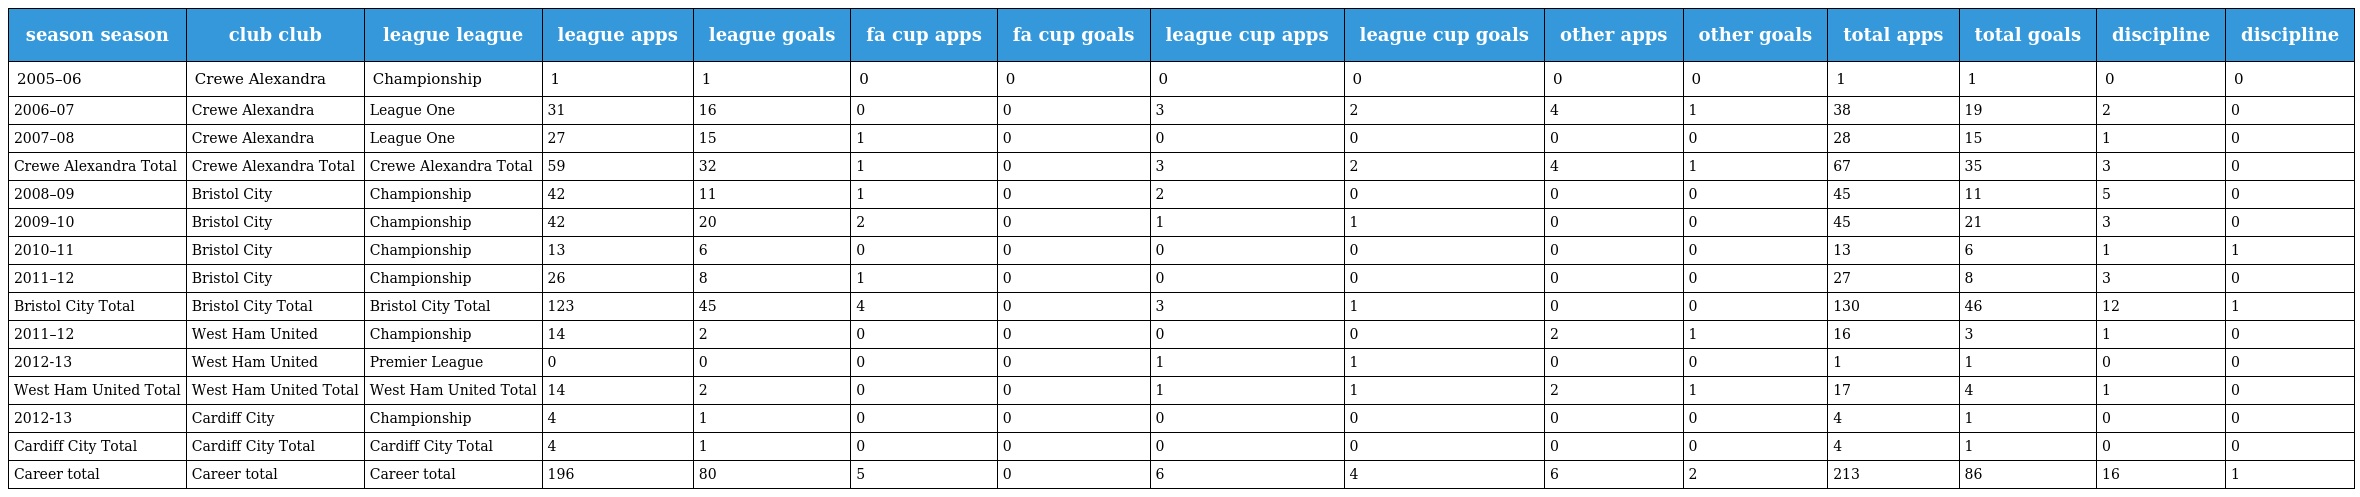
| season season | club club | league league | league apps | league goals | fa cup apps | fa cup goals | league cup apps | league cup goals | other apps | other goals | total apps | total goals | discipline | discipline |
 | --- | --- | --- | --- | --- | --- | --- | --- | --- | --- | --- | --- | --- | --- | --- |
 | 2005–06 | Crewe Alexandra | Championship | 1 | 1 | 0 | 0 | 0 | 0 | 0 | 0 | 1 | 1 | 0 | 0 |
 | 2006–07 | Crewe Alexandra | League One | 31 | 16 | 0 | 0 | 3 | 2 | 4 | 1 | 38 | 19 | 2 | 0 |
 | 2007–08 | Crewe Alexandra | League One | 27 | 15 | 1 | 0 | 0 | 0 | 0 | 0 | 28 | 15 | 1 | 0 |
 | Crewe Alexandra Total | Crewe Alexandra Total | Crewe Alexandra Total | 59 | 32 | 1 | 0 | 3 | 2 | 4 | 1 | 67 | 35 | 3 | 0 |
 | 2008–09 | Bristol City | Championship | 42 | 11 | 1 | 0 | 2 | 0 | 0 | 0 | 45 | 11 | 5 | 0 |
 | 2009–10 | Bristol City | Championship | 42 | 20 | 2 | 0 | 1 | 1 | 0 | 0 | 45 | 21 | 3 | 0 |
 | 2010–11 | Bristol City | Championship | 13 | 6 | 0 | 0 | 0 | 0 | 0 | 0 | 13 | 6 | 1 | 1 |
 | 2011–12 | Bristol City | Championship | 26 | 8 | 1 | 0 | 0 | 0 | 0 | 0 | 27 | 8 | 3 | 0 |
 | Bristol City Total | Bristol City Total | Bristol City Total | 123 | 45 | 4 | 0 | 3 | 1 | 0 | 0 | 130 | 46 | 12 | 1 |
 | 2011–12 | West Ham United | Championship | 14 | 2 | 0 | 0 | 0 | 0 | 2 | 1 | 16 | 3 | 1 | 0 |
 | 2012-13 | West Ham United | Premier League | 0 | 0 | 0 | 0 | 1 | 1 | 0 | 0 | 1 | 1 | 0 | 0 |
 | West Ham United Total | West Ham United Total | West Ham United Total | 14 | 2 | 0 | 0 | 1 | 1 | 2 | 1 | 17 | 4 | 1 | 0 |
 | 2012-13 | Cardiff City | Championship | 4 | 1 | 0 | 0 | 0 | 0 | 0 | 0 | 4 | 1 | 0 | 0 |
 | Cardiff City Total | Cardiff City Total | Cardiff City Total | 4 | 1 | 0 | 0 | 0 | 0 | 0 | 0 | 4 | 1 | 0 | 0 |
 | Career total | Career total | Career total | 196 | 80 | 5 | 0 | 6 | 4 | 6 | 2 | 213 | 86 | 16 | 1 |